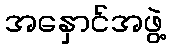
အနှောင်အဖွဲ့